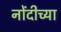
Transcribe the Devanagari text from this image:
नोंदीच्या